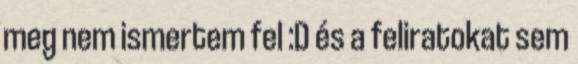
meg nem ismertem fel :D és a feliratokat sem